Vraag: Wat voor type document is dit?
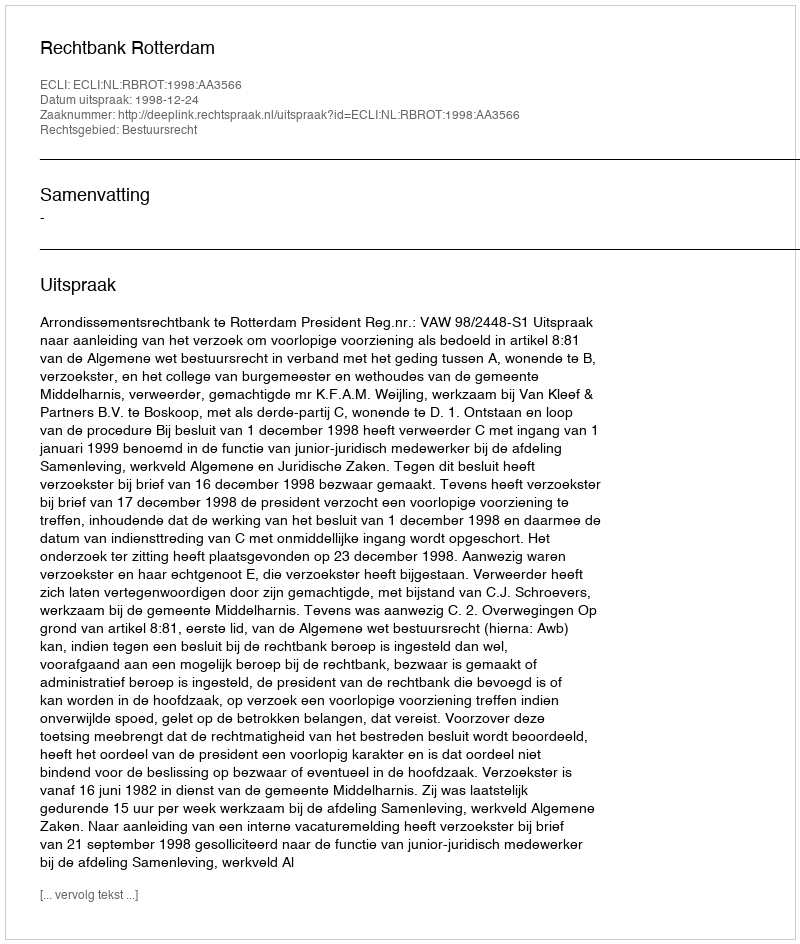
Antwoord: Uitspraak